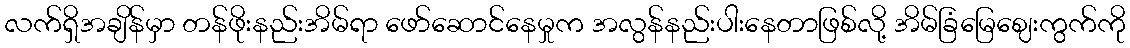
လက်ရှိအချိန်မှာ တန်ဖိုးနည်းအိမ်ရာ ဖော်ဆောင်နေမှုက အလွန်နည်းပါးနေတာဖြစ်လို့ အိမ်ခြံမြေဈေးကွက်ကို